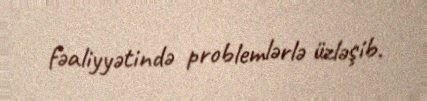
fəaliyyətində problemlərlə üzləşib.